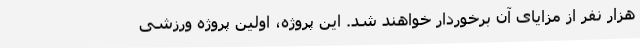
هزار نفر از مزایای آن برخوردار خواهند شد. این پروژه، اولین پروژه ورزشی